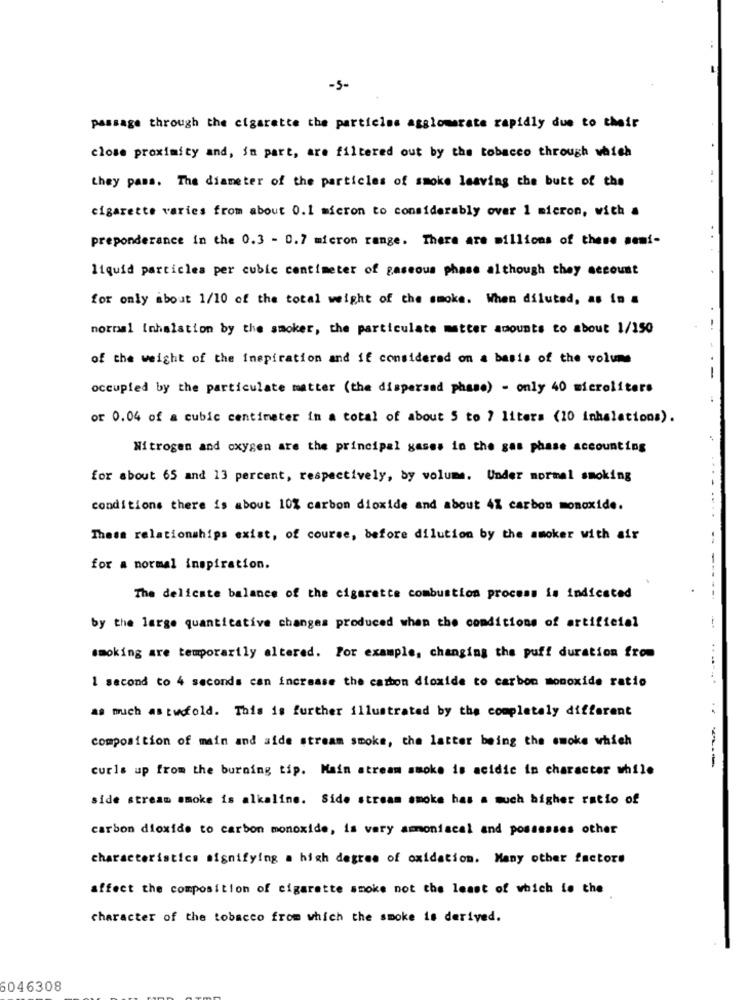
-5-
passage through the cigarette the particles agglomerate rapidly due to their
close proximity and, in part, are filtered out by the tobacco through which
they pass. The diameter of the particles of smoke leaving the butt of the
cigarette varies from about 0.1 micron to considerably over 1 micron, with a
preponderance in the 0.3 - 0.7 micron range. There are millions of these semi-
liquid particles per cubic centimeter of gaseous phase although they account
for only about 1/10 of the total weight of the smoke. When diluted, as in a
normal inhalation by the smoker, the particulate matter amounts to about 1/150
of the weight of the inspiration and if considered on a basis of the volume
occupied by the particulate matter (the dispersad phase) - only 40 microliters
or 0.04 of a cubic centimeter in a total of about 5 to ? liters (10 inhalations).
Nitrogen and oxygen are the principal gases in the gas phase accounting
for about 65 and 13 percent, respectively, by volume. Under mormal smoking
conditions there is about 10% carbon dioxide and about 4% carbon monoxide.
These relationships exist, of course, before dilution by the amoker with air
for a normal inspiration.
The delicate balance of the cigarette combustion process is indicated
by the large quantitative changes produced when the conditions of artificial
smoking are temporarily altered. For example, changing the puff duration from
1 second to 4 seconds can increase the carbon dioxide to carbon monoxide ratio
as much astwofold. This is further illustrated by the completely different
..
composition of main and aide stream smoke, the latter being the smoke which
curls up from the burning tip. Main stream smoke is acidic in character while
--
side stream smoke is alkaline. Side stream smoke has a much higher ratio of
carbon dioxide to carbon monoxide, is very amoniacal and possesses other
characteristics signifying a high degree of oxidation. Many other factors
affect the composition of cigarette smoke not the least of which is the
character of the tobacco from which the smoke is derived.
6046308